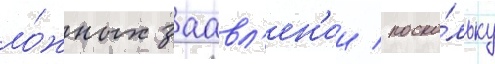
ло́жных заавл'ен'ии / поско́льку